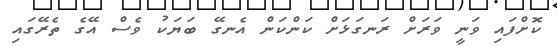
ކޮށްފައި ވަނީ ވަރަށް ރަނގަޅަށް ކަންކަން އެނގޭ ބަޔަކު ވެސް އޭގެ ތެރޭގައި